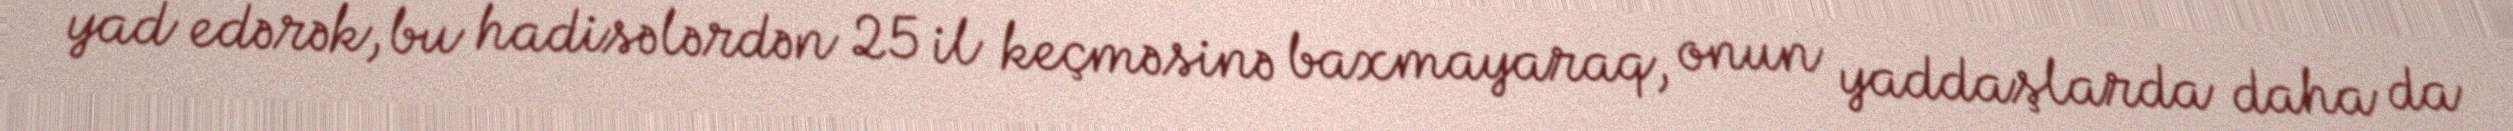
yad edərək, bu hadisələrdən 25 il keçməsinə baxmayaraq, onun yaddaşlarda daha da